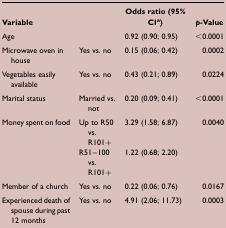
<table><thead><tr><td><b>Variable</b></td><td><b> </b></td><td><b>Odds ratio (95% CI<sup>a</sup>)</b></td><td><b><i>p</i>-Value</b></td></tr></thead><tbody><tr><td>Age</td><td> </td><td>0.92 (0.90; 0.95)</td><td>&lt;0.0001</td></tr><tr><td>Microwave oven in house</td><td>Yes vs. no</td><td>0.15 (0.06; 0.42)</td><td>0.0002</td></tr><tr><td>Vegetables easily available</td><td>Yes vs. no</td><td>0.43 (0.21; 0.89)</td><td>0.0224</td></tr><tr><td>Marital status</td><td>Married vs. not</td><td>0.20 (0.09; 0.41)</td><td>&lt;0.0001</td></tr><tr><td rowspan="2">Money spent on food</td><td>Up to R50 vs. R101+</td><td>3.29 (1.58; 6.87)</td><td>0.0040</td></tr><tr><td>R51–100 vs. R101+</td><td>1.22 (0.68; 2.20)</td><td> </td></tr><tr><td>Member of a church</td><td>Yes vs. no</td><td>0.22 (0.06; 0.76)</td><td>0.0167</td></tr><tr><td>Experienced death of spouse during past 12 months</td><td>Yes vs. no</td><td>4.91 (2.06; 11.73)</td><td>0.0003</td></tr></tbody></table>